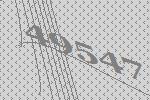
49547